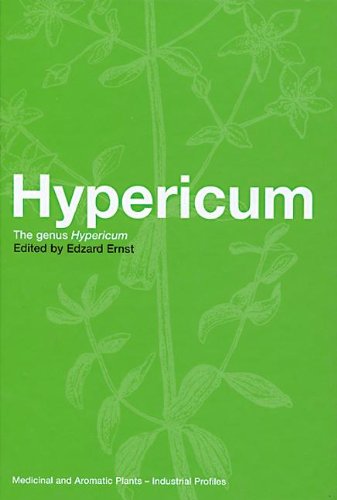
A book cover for Hypericum: The genus Hypericum (Medicinal and Aromatic Plants - Industrial Profiles); Medical Books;